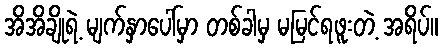
အိအိချိုရဲ့ မျက်နှာပေါ်မှာ တစ်ခါမှ မမြင်ရဖူးတဲ့ အရိပ်။